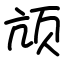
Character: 颃